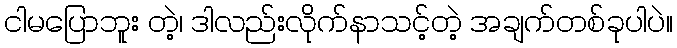
ငါမပြောဘူး တဲ့၊ ဒါလည်းလိုက်နာသင့်တဲ့ အချက်တစ်ခုပါပဲ။